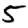
Digit: 5